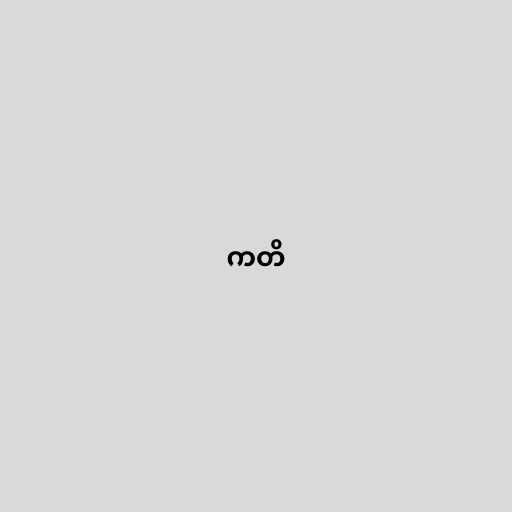
ကတိ